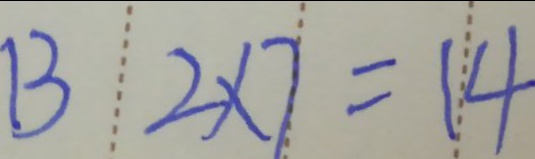
1 3 2 \times 7 = 1 4